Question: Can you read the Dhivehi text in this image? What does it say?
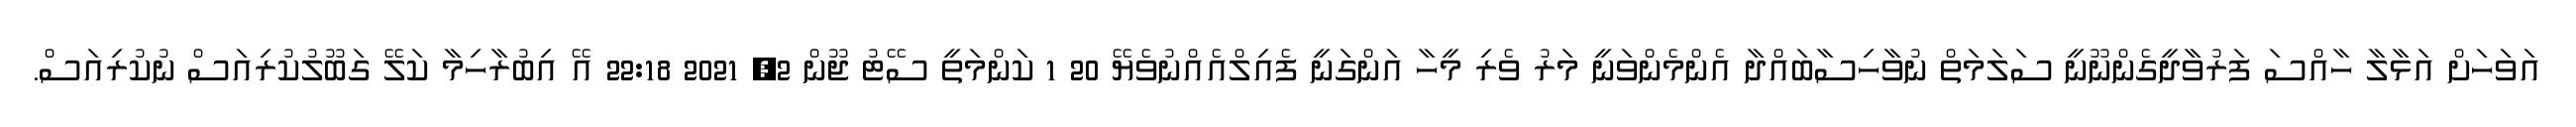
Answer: އަވަހަށް އަޅާލާ ހާއްސަ ފަރުވާދީގެންނޫނީ ސަލަމަތް ނުވާހިސާބައްދާ އެންމެންވަނީ މަރު ވެރި މީހާ އަންގަނީ ފެއިލްއެއްނުވެޔޭ 20 1 ކަންމަތީ ސޭޓު ޖޫން 2, 2021 22:18 އޭ އިބުރާހިމާ ކަލޭ ގަބޫލުކުރިއަސް ނުކުރިއަސް.